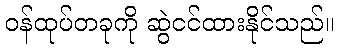
ဝန်ထုပ်တခုကို ဆွဲငင်ထားနိုင်သည်။